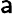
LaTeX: \mathsf{a}